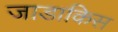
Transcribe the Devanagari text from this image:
जाडाकिस